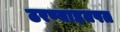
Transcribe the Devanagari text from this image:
ठरण्याइतपत